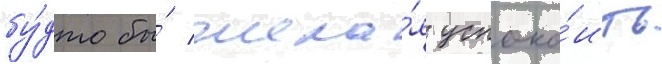
бу́дто бы́ жела́я успоко́ить